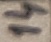
Text: 14